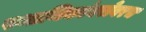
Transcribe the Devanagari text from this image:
स्थानिकांबरोबरच